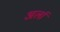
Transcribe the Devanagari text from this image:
अर्ला